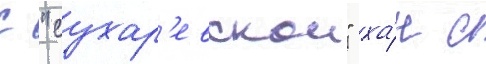
С "сухар'евскои" ха́н с